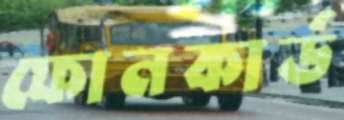
ফোনকার্ড